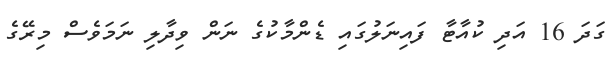
ގަދަ 16 އަދި ކުއާޓާ ފައިނަލުގައި ޑެންމާކުގެ ނަން ވިދާލި ނަމަވެސް މިރޭގެ